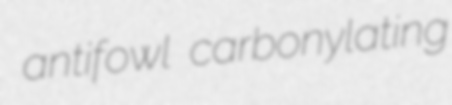
antifowl carbonylating